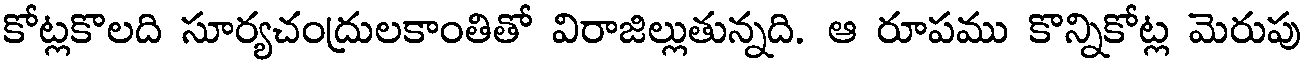
కోట్లకొలది సూర్యచంద్రులకాంతితో విరాజిల్లుతున్నది. ఆ రూపము కొన్నికోట్ల మెరుపు